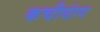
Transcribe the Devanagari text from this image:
कचीयांग